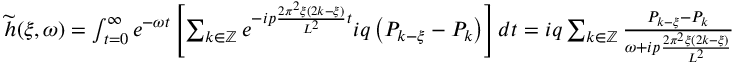
\begin{array} { c } { \widetilde { h } ( \xi , \omega ) = \int _ { t = 0 } ^ { \infty } e ^ { - \omega t } \left[ \sum _ { k \in \mathbb { Z } } e ^ { - i p \frac { 2 \pi ^ { 2 } \xi ( 2 k - \xi ) } { L ^ { 2 } } t } i q \left( P _ { k - \xi } - P _ { k } \right) \right] d t = i q \sum _ { k \in \mathbb { Z } } \frac { P _ { k - \xi } - P _ { k } } { \omega + i p \frac { 2 \pi ^ { 2 } \xi ( 2 k - \xi ) } { L ^ { 2 } } } } \end{array}